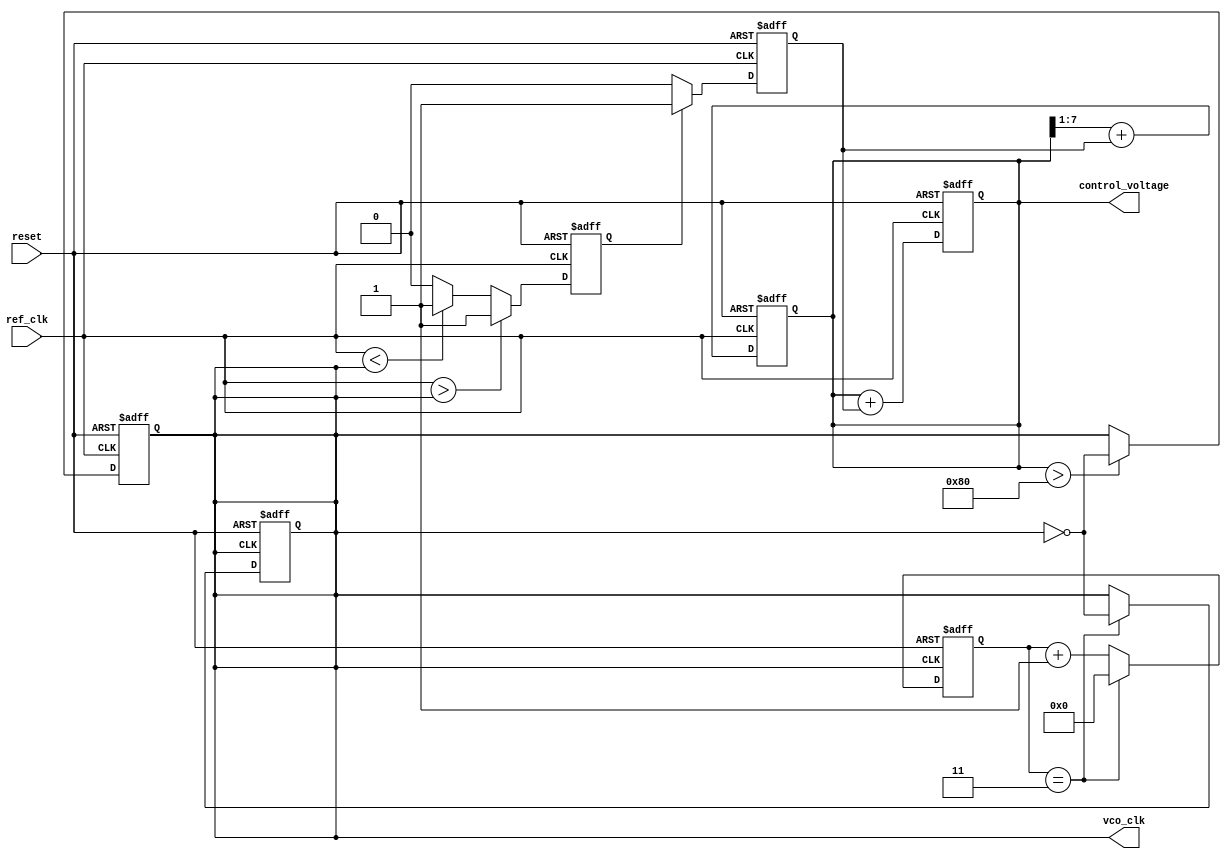
module high_performance_pll (
    input wire ref_clk,           // Reference clock
    input wire reset,            // Reset signal
    output reg vco_clk,          // Output clock
    output reg [7:0] control_voltage // Control voltage for VCO
);

// Phase Detector
reg pd_out; // Phase error signal from PD

always @(posedge ref_clk or posedge reset) begin
    if (reset) begin
        pd_out <= 0;
    end else begin
        // Phase comparison logic (simplified)
        if (ref_clk > vco_clk) begin
            pd_out <= 1; // Feedback clock is lagging
        end else if (ref_clk < vco_clk) begin
            pd_out <= -1; // Feedback clock is leading
        end else begin
            pd_out <= 0; // In phase
        end
    end
end

// Charge Pump
reg cp_out; // Charge pump output current pulses

always @(posedge ref_clk or posedge reset) begin
    if (reset) begin
        cp_out <= 0;
    end else begin
        // Charge pump logic based on phase error signal
        if (pd_out == 1) begin
            cp_out <= 1; // Increase control voltage
        end else if (pd_out == -1) begin
            cp_out <= -1; // Decrease control voltage
        end else begin
            cp_out <= 0; // No change
        end
    end
end

// Voltage-Controlled Oscillator (VCO)
always @(posedge ref_clk or posedge reset) begin
    if (reset) begin
        vco_clk <= 0;
        control_voltage <= 8'b0; // Reset control voltage
    end else begin
        // Update control voltage based on charge pump output
        control_voltage <= control_voltage + cp_out;
        
        // Generate VCO clock based on control voltage (simplified)
        if (control_voltage > 128) begin
            vco_clk <= ~vco_clk; // Toggle clock for high frequency
        end
    end
end

// Frequency Divider
reg [3:0] divider_count; // Divider register
parameter DIV_RATIO = 4; // Division ratio (example)

always @(posedge vco_clk or posedge reset) begin
    if (reset) begin
        divider_count <= 0;
        vco_clk <= 0;
    end else begin
        if (divider_count == (DIV_RATIO - 1)) begin
            vco_clk <= ~vco_clk; // Toggle output clock
            divider_count <= 0; // Reset counter
        end else begin
            divider_count <= divider_count + 1; // Increment counter
        end
    end
end

// Loop Filter (Simplified)
always @(posedge ref_clk or posedge reset) begin
    if (reset) begin
        control_voltage <= 8'b0; // Reset control voltage
    end else begin
        // Simple implementation of a loop filter
        control_voltage <= (control_voltage >> 1) + cp_out; // Integrate phase error
    end
end

endmodule